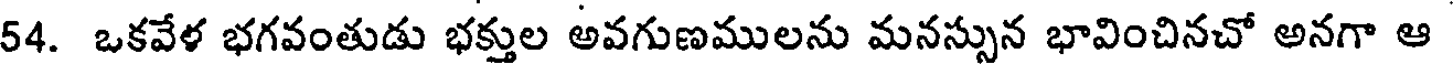
54. ఒకవేళ భగవంతుడు భక్తుల అవగుణములను మనస్సున భావించినచో అనగా ఆ